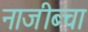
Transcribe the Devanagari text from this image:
नाजीब्चा